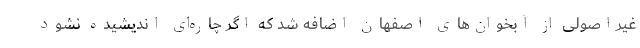
غیراصولی از آبخوان‌های اصفهان اضافه شد که اگر چاره‌ای اندیشیده نشود